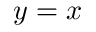
y = x